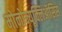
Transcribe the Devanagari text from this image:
मोनोन्यूक्लिऑसिस